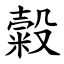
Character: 糓